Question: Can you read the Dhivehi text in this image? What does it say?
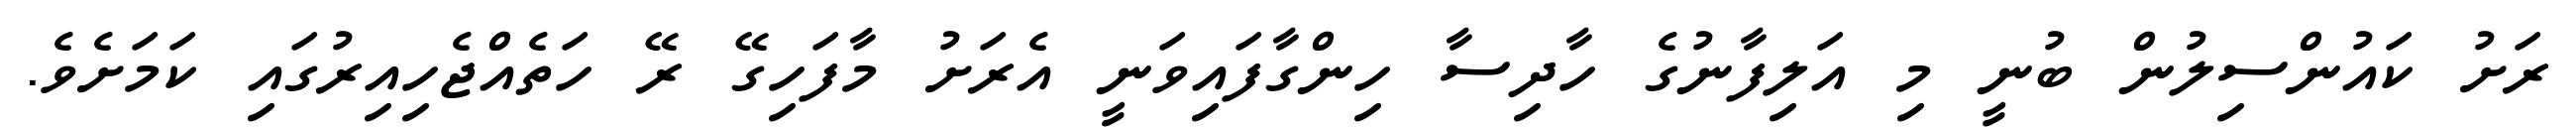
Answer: ރަށު ކައުންސިލުން ބުނީ މި އަލިފާނުގެ ހާދިސާ ހިންގާފައިވަނީ އެރަށު މާފަހިގޭ ރޭ ހަތެއްޖެހިއިރުގައި ކަމަށެވެ.